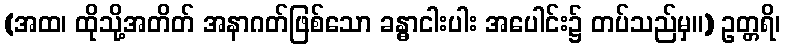
(အထ၊ ထိုသို့အတိတ် အနာဂတ်ဖြစ်သော ခန္ဓာငါးပါး အပေါင်း၌ တပ်သည်မှ။) ဥတ္တရိ၊